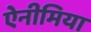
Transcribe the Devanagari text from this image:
ऐनीमिया